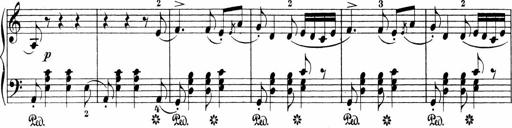
Title: 3 Sonatinas
Composer: Carl Reinecke